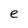
Character: e